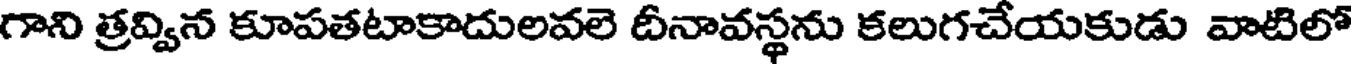
గాని త్రవ్విన కూపతటాకాదులవలె దీనావస్థను కలుగచేయకుడు వాటిలో